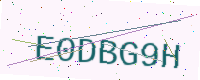
Text: E0DBG9H